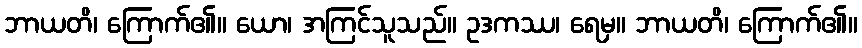
ဘာယတိ၊ ကြောက်၏။ ယော၊ အကြင်သူသည်။ ဥဒကဿ၊ ရေမှ။ ဘာယတိ၊ ကြောက်၏။